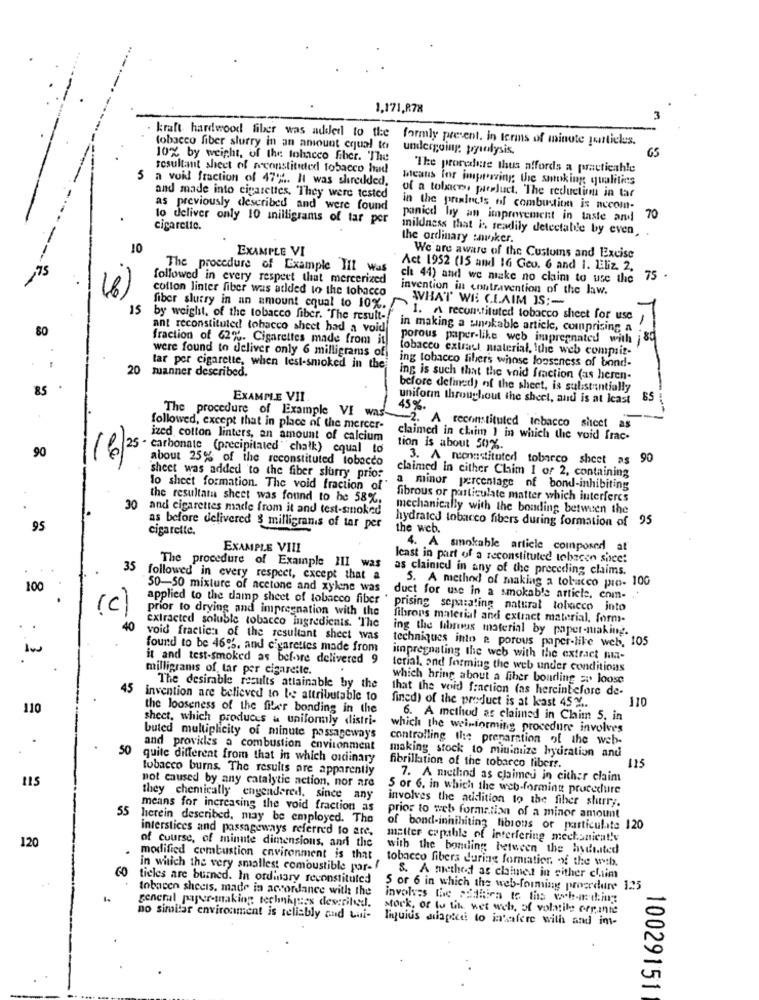
1,171,R78
. kraft hardwood fiber was added to the
formly prevent. in terms of minote particles.
tobacco fiber slurry in an amount equal to
undergoing pyinlysis.
10% by weight, of the tobacco fiber. The
65
resultant sheet of reconstituted tobacco had
The procedure thus affords a practicahle
5 a void fraction of 47% .. H was shredded.
Deaus for improving the shioking qualities
and made into cigarettes. They were tested
of a tobacco puesjuct. The reduction in tar
as previously described and were found
in the preincts of combustion is necom-
to deliver only 10 milligrams of tar per
panicd hy an improvement in taste and 70
cigarette.
inildness that is readily detectable by even, .
the ordinary smoker.
10
EXAMPLE VI
We are aware of the Customs and Excise
The procedure of Example Hil was
Act 1952 (15 and 16 Geo. 6 and 1. LEliz. 2.
followed in every respect that mercerized
cht 44) and we make no claim to use the 7
collon linter fiber was added to the tobacco
invention in contravention of the law.
AVHAT WE CLAIM IS ;-
15
fiber slurry in an amount equal to 10%.
by weight, of the tobacco fiber. "The result-
I. A reconstituted tobacco sheet for use
80
ant reconstituted tobacco sheet had a void
in making a wingkable article, comprising a
fraction of 62%. Cigarettes made from it
porous paper-like web impregnated with j
8q
were found to deliver only 6 milligrams off
tobacco extract material, ! the web comprit-
20
manner described.
tar per cigarette, when test-smoked in the
ing tobacco fiber's whose looseness of bond-
ing is such that the void fraction (as heren-
85
before defined) of the sheet, is substantially
EXAMPLE VII
uniform throughout the sheet, and is at least
65
45%.
followed, except that in place of the mercer-
The procedure of Example VI was -__ 2. A reconstituted Inbacco sheet as
ized cotton linters, an amount of calcium
claimed in chiim 1 in which the void frac-
tion is about 50%.
90
(6 25- carbonate (precipitated chalk) equal to
about 25% of the reconstituted tobacco
3. A monnstituted tobarco sheet as 90
sheet was added to the fiber slurry prior
claimed in cither Chim I or 2, containing
lo sheet formation. The void fraction of"
a minor percentage of bond-inhibiting
the resultata sheet was found to be 58%,
fibrous or particulate matter which interferes
30
and cigarettes made from it and test-smoked
mechanically with the bonding between the
hydrated tobacco fibers during formation of 95
95
as before delivered § milligrams of tar per
cigarette.
the web.
EXAMPLE VIII
4. A smokable article composed at
least in part of a reconstituted tobacco sheet
The procedure of Example III was
as clainice in any of the preceding claims.
35 followed in every respect, except that a
100
50-50 mixture of acetone and xylene was
5. A method of making a tobacco pin- 100
applied to the damp sheet of tobacco fiber "
duct for use in a smokable article, com-
(c)
prior to drying and impregnation with the
prising separating natural tobacco into
Extracted soluble tobacco ingredients. The
fibrons material and extract material, form-
40
ing the librus material by paper-making.
void fractica of the resultant sheet was
found to be 469%, and cigarettes made from
techniques into a porous paper-like web, 105
it and test-smoked as before delivered 9
impregnating the web with the extract mia-
milligrams of tar per cigarette.
terial, and forming the web under conditions
which hring about a fiber bonding ;. loose
45
The desirable results attainable by the
that the void fraction (as hercinbefore de-
invention are believed to be attributable to
110
the looseness of the fiber bonding in the
fined) of the product is at least 45 % ..
110
sheet, which produces & uniformly distri-
6. A method as claimed in Chaim 5, in
which the weinforming procedure involves
.
buted multiplicity of minute passageways
controlling the preparation of the web-
50
and provides a combustion environment
quite different from that in which ordinary
making stock to minimize hydration and
tobacco burns. The results are apparently
fibrillation of the tobacco liberr.
115
115
7. A method as claimed in either claim
not caused by any catalytic action, nor are
5 or 6. in which the web-forming procedure
they chemically engendered. since any
involves the addition to the fiber stuurr ;.
55
means for increasing the void fraction as
herein described, may be employed. The
prior to web formation of a minor amount
interstices and passageways referred to are,
of bond-inhibiting fibrous or particulate 120
120
matter capable of interfering mechanical!v
of course, of minute dimensions, and the
with the bonding between the hydrated
modified combustion environment is that
tobacco fibers during formation xf the web.
ticles are burned. In ordinary reconstituted
in which the very smallest combustible par- 8. A method as claimed in either chim
tobacco shecis, made in accordance with the
5 or 6 in which the web-forming procedure 1:25
general paper-making techniques described.
involves the cadeira to this work-inthing
stork, or to tik wet web, of volatile organic
no similar environment is reliably aud Lui-
liquius siapied to intafere with and im-
10029151